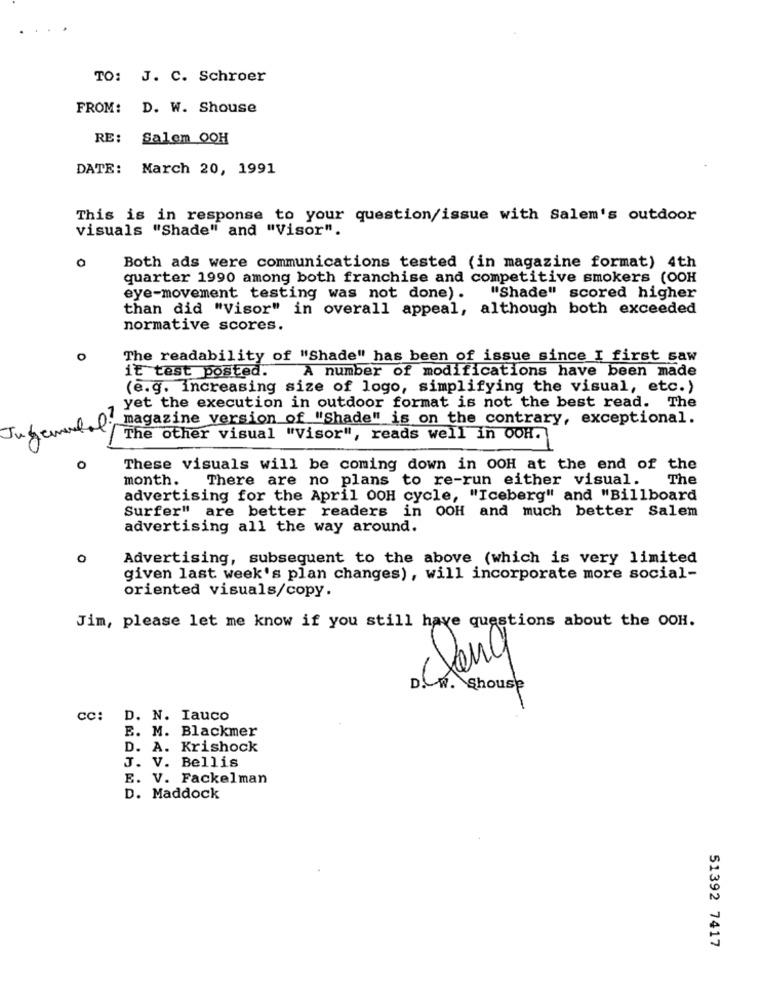
TO: J. C. Schroer
FROM:
D. W. Shouse
RE:
Salem OOH
DATE: March 20, 1991
This is in response to your question/issue with Salem's outdoor
visuals "Shade" and "Visor".
Both ads were communications tested (in magazine format) 4th
quarter 1990 among both franchise and competitive smokers (OOH
eye-movement testing was not done).
"Shade" scored higher
than did "Visor" in overall appeal, although both exceeded
normative scores.
O
The readability of "Shade" has been of issue since I first saw
A number of modifications have been made
it test posted.
(e.g. increasing size of logo, simplifying the visual, etc.)
yet the execution in outdoor format is not the best read. The
Jugemodal; magazine version of "Shade" is on the contrary, exceptional.
The other visual "Visor", reads well in OOH.
O
These visuals will be coming down in OOH at the end of the
month.
There are no plans to re-run either visual.
The
advertising for the April OOH cycle, "Iceberg" and "Billboard
Surfer" are better readers in OOH and much better Salem
advertising all the way around.
o
Advertising, subsequent to the above (which is very limited
given last week's plan changes), will incorporate more social-
oriented visuals/copy.
Jim, please let me know if you still have questions about the OOH.
D. w. Shouse
-
cc: D. N. Iauco
E. M. Blackmer
D. A. Krishock
J. V. Bellis
E. V. Fackelman
D. Maddock
51392 7417